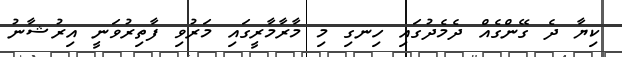
ކިޔާ ދެ ގޭންގެއް ދެމެދުގައި ހިނގި މި މާރާމާރީގައި މަރުވި ފާތިރުވަނީ އިރުޝާނު